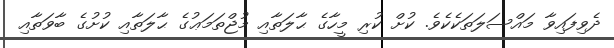
ދެވިފައިވާ މައްސަލަތަކެކެވެ. ކުށް ކުރި މީހާގެ ޙާލަތާއި މުޖްތަމަޢުގެ ޙާލަތާއި ކުށުގެ ބާވަތާއި